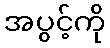
အပွင့်ကို